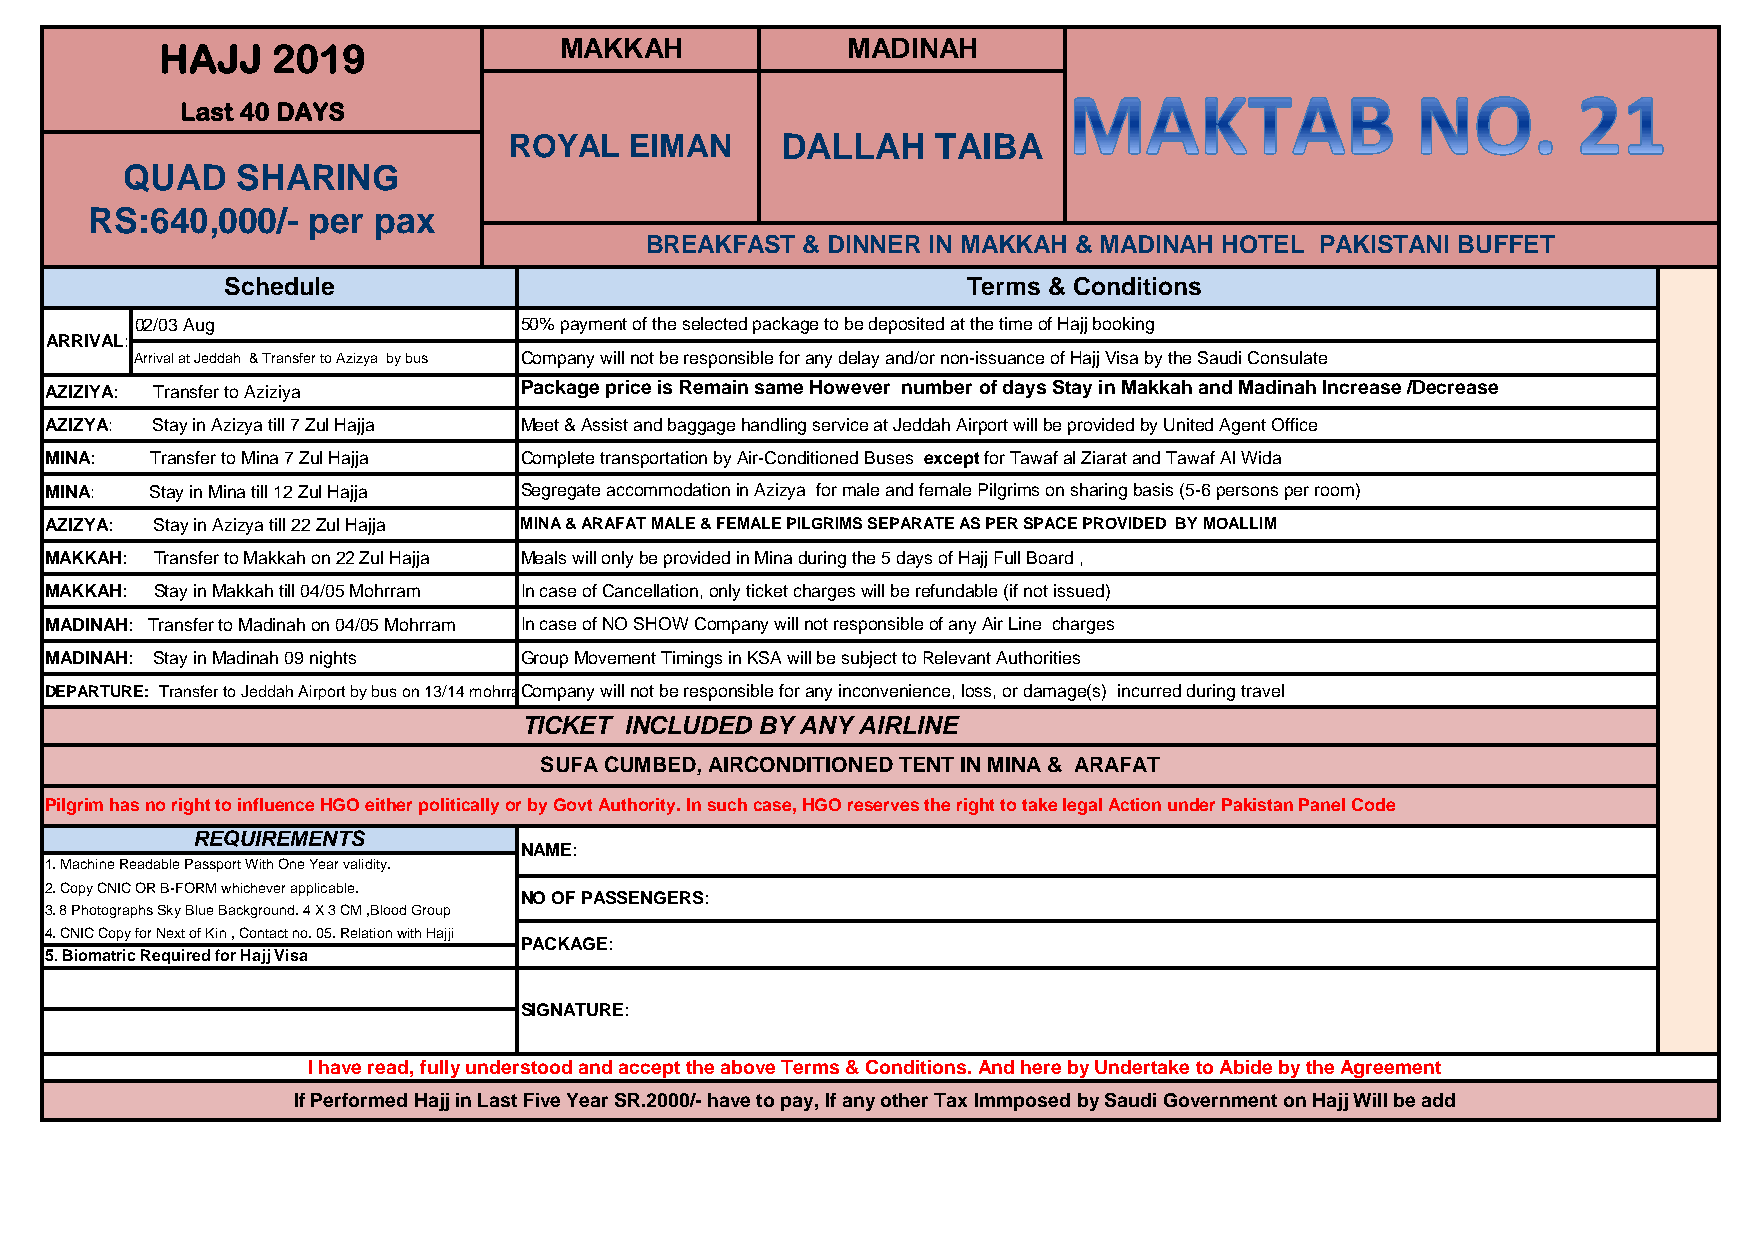
MAKKAH             MADINAH
 HAJJ   2019
 Last 40 DAYS
 ROYAL   EIMAN     DALLAH    TAIBA
 QUAD    SHARING
 RS:640,000/-  per  pax
 BREAKFAST & DINNER IN MAKKAH & MADINAH HOTEL PAKISTANI BUFFET
 Schedule                                         Terms & Conditions
 02/03 Aug                50% payment of the selected package to be deposited at the time of Hajj booking
 ARRIVAL:
 Arrival at Jeddah & Transfer to Azizya by bus Company will not be responsible for any delay and/or non-issuance of Hajj Visa by the Saudi Consulate
 AZIZIYA: Transfer to Aziziya   Package price is Remain same However number of days Stay in Makkah and Madinah Increase /Decrease
 AZIZYA: Stay in Azizya till 7 Zul Hajja Meet & Assist and baggage handling service at Jeddah Airport will be provided by United Agent Office
 MINA:  Transfer to Mina 7 Zul Hajja Complete transportation by Air-Conditioned Buses except for Tawaf al Ziarat and Tawaf Al Wida
 MINA:  Stay in Mina till 12 Zul Hajja Segregate accommodation in Azizya for male and female Pilgrims on sharing basis (5-6 persons per room)
 AZIZYA: Stay in Azizya till 22 Zul Hajja MINA & ARAFAT MALE & FEMALE PILGRIMS SEPARATE AS PER SPACE PROVIDED BY MOALLIM
 MAKKAH: Transfer to Makkah on 22 Zul Hajja Meals will only be provided in Mina during the 5 days of Hajj Full Board ,
 MAKKAH: Stay in Makkah till 04/05 Mohrram In case of Cancellation, only ticket charges will be refundable (if not issued)
 MADINAH: Transfer to Madinah on 04/05 Mohrram In case of NO SHOW Company will not responsible of any Air Line charges
 MADINAH: Stay in Madinah 09 nights Group Movement Timings in KSA will be subject to Relevant Authorities
 DEPARTURE: Transfer to Jeddah Airport by bus on 13/14 mohrramCo mpany will not be responsible for any inconvenience, loss, or damage(s) incurred during travel
 TICKET INCLUDED BY ANY AIRLINE
 SUFA CUMBED, AIRCONDITIONED TENT IN MINA & ARAFAT
 Pilgrim has no right to influence HGO either politically or by Govt Authority. In such case, HGO reserves the right to take legal Action under Pakistan Panel Code
 REQUIREMENTS
 NAME:
 1. Machine Readable Passport With One Year validity.
 2. Copy CNIC OR B-FORM whichever applicable.
 NO OF PASSENGERS:
 3. 8 Photographs Sky Blue Background. 4 X 3 CM ,Blood Group
 4. CNIC Copy for Next of Kin , Contact no. 05. Relation with Hajji
 PACKAGE:
 5. Biomatric Required for Hajj Visa
 SIGNATURE:
 I have read, fully understood and accept the above Terms & Conditions. And here by Undertake to Abide by the Agreement
 If Performed Hajj in Last Five Year SR.2000/- have to pay, If any other Tax Immposed by Saudi Government on Hajj Will be add